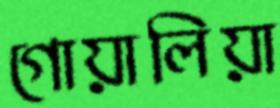
গোয়ালিয়া